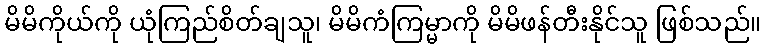
မိမိကိုယ်ကို ယုံကြည်စိတ်ချသူ၊ မိမိကံကြမ္မာကို မိမိဖန်တီးနိုင်သူ ဖြစ်သည်။